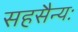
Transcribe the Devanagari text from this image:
सहसैन्यः